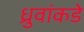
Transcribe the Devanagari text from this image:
ध्रुवांकडे